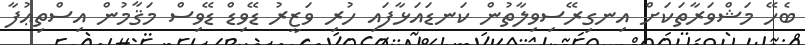
ބެހޭ މަޝްވަރާތަކަށް އިނގިރޭސިވިލާތުން ކަނޑައަޅާފައި ހުރި ވަޒީރު ޑޭވިޑް ޑޭވިސް މަޤާމުން އިސްތިޢުފާ